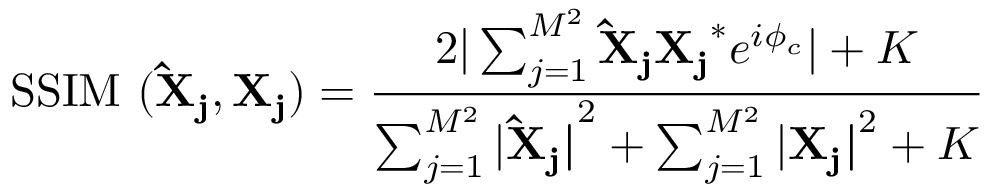
\mathrm { S S I M \ ( \mathbf { \hat { X } _ { j } } , \mathbf { X _ { j } } ) } = \frac { 2 | \sum _ { j = 1 } ^ { M ^ { 2 } } \mathbf { \hat { X } _ { j } } \mathbf { X _ { j } } ^ { * } e ^ { i \phi _ { c } } | + K } { \sum _ { j = 1 } ^ { M ^ { 2 } } | \mathbf { \hat { X } _ { j } | } ^ { 2 } + \sum _ { j = 1 } ^ { M ^ { 2 } } | \mathbf { X _ { j } | } ^ { 2 } + K }